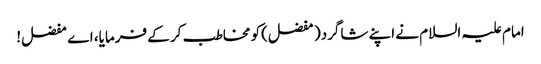
امام علیہ السلام نے اپنے شاگرد( مفضل)کو مخاطب کر کے فرمایا، اے مفضل!